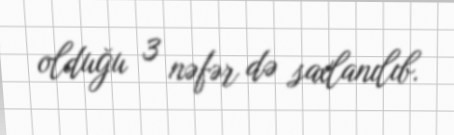
olduğu 3 nəfər də saxlanılıb.